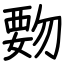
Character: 覅